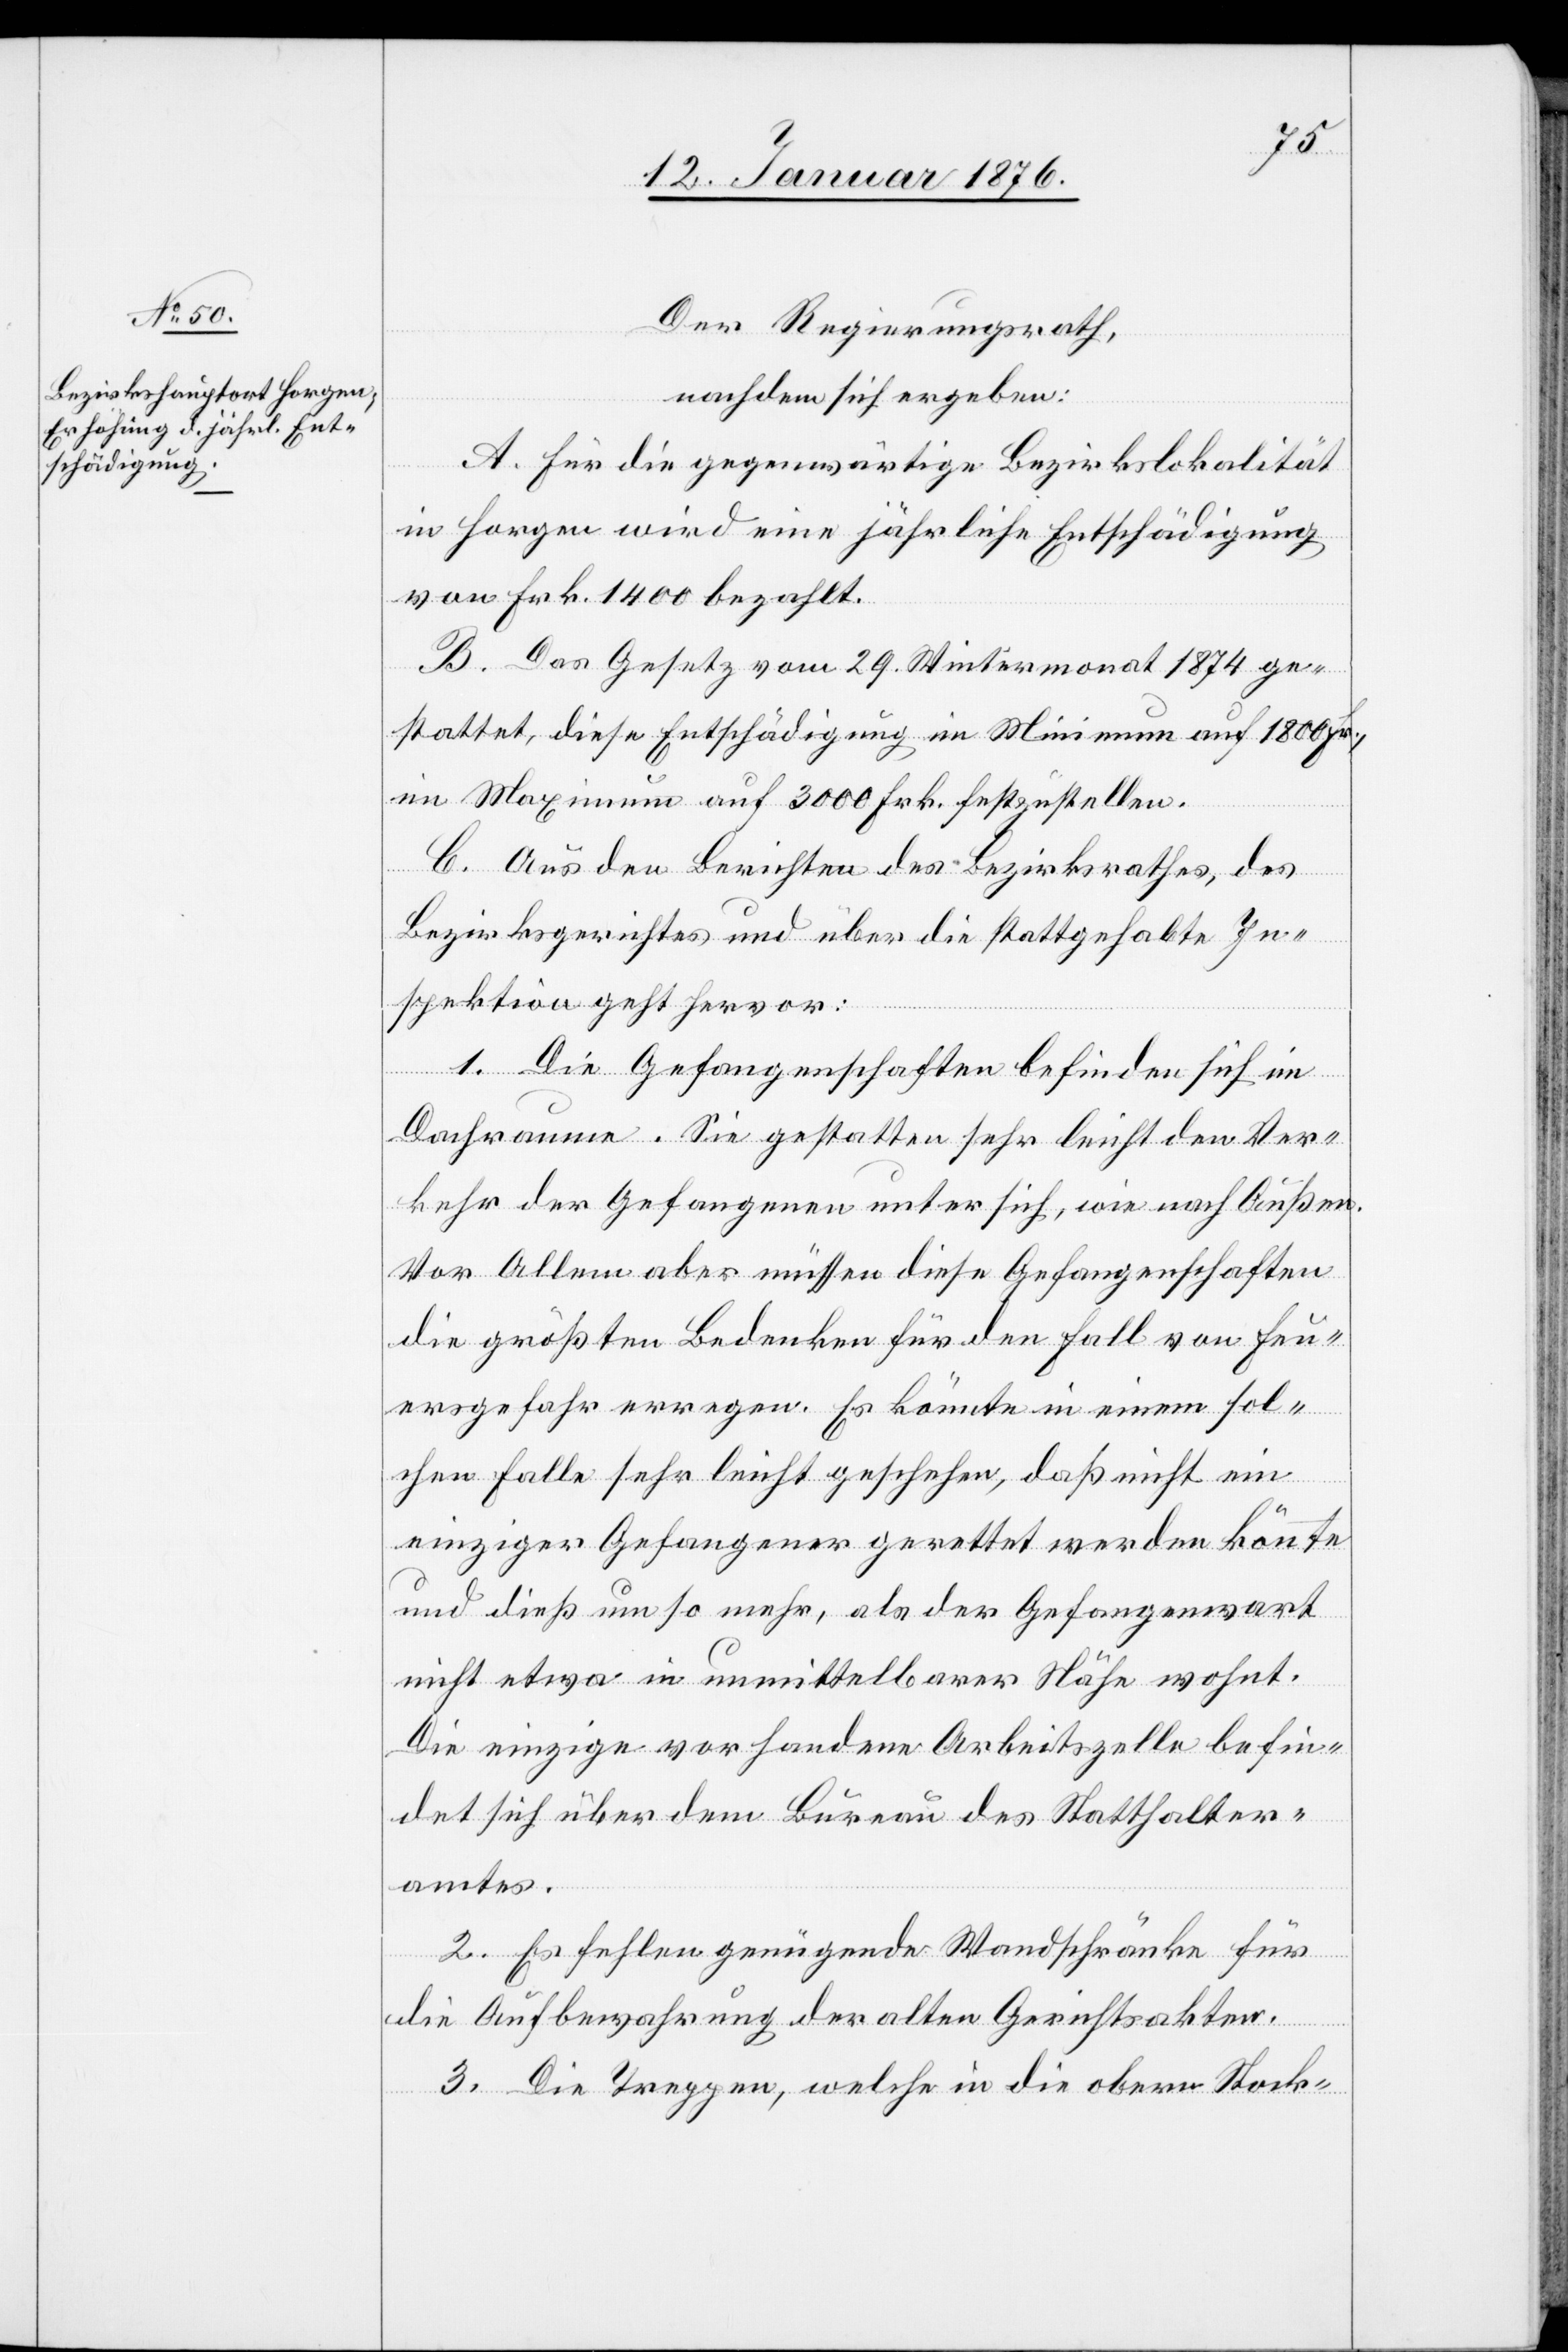
Der Regierungsrath,
nachdem sich ergeben:
A. Für die gegenwärtige Bezirkslokalität
in Horgen wird eine jährliche Entschädigung
von Frk. 1400 bezahlt.
B. Das Gesetz vom 29. Wintermonat 1874 ge¬
stattet, diese Entschädigung im Minimum auf 1800 Fr.,
im Maximum auf 3000 Frk. festzustellen.
C. Aus den Berichten des Bezirksrathes, des
Bezirksgerichtes und über die stattgehabte In¬
spektion geht hervor:
1. Die Gefangenschaften befinden sich im
Dachraume. Sie gestatten sehr leicht den Ver¬
kehr der Gefangenen unter sich, wie nach Außen.
Vor Allem aber müssen diese Gefangenschaften
die größten Bedenken für den Fall von Feu¬
ergefahr erregen. Es könnte in einem sol¬
chen Falle sehr leicht geschehen, daß nicht ein
einziger Gefangener gerettet werden könnte
und dieß um so mehr, als der Gefangenwart
nicht etwa in unmittelbarer Nähe wohnt.
Die einzige vorhandene Arbeitszelle befin¬
det sich über dem Bureau des Statthalter¬
amtes.
2. Es fehlen genügende Wandschränke für
die Aufbewahrung der alten Gerichtsakten.
3. Die Treppen, welche in die obern Stock-